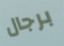
برجال